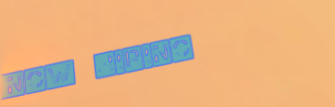
Now Hiring